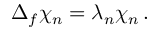
\Delta _ { f } \chi _ { n } = \lambda _ { n } \chi _ { n } \, .